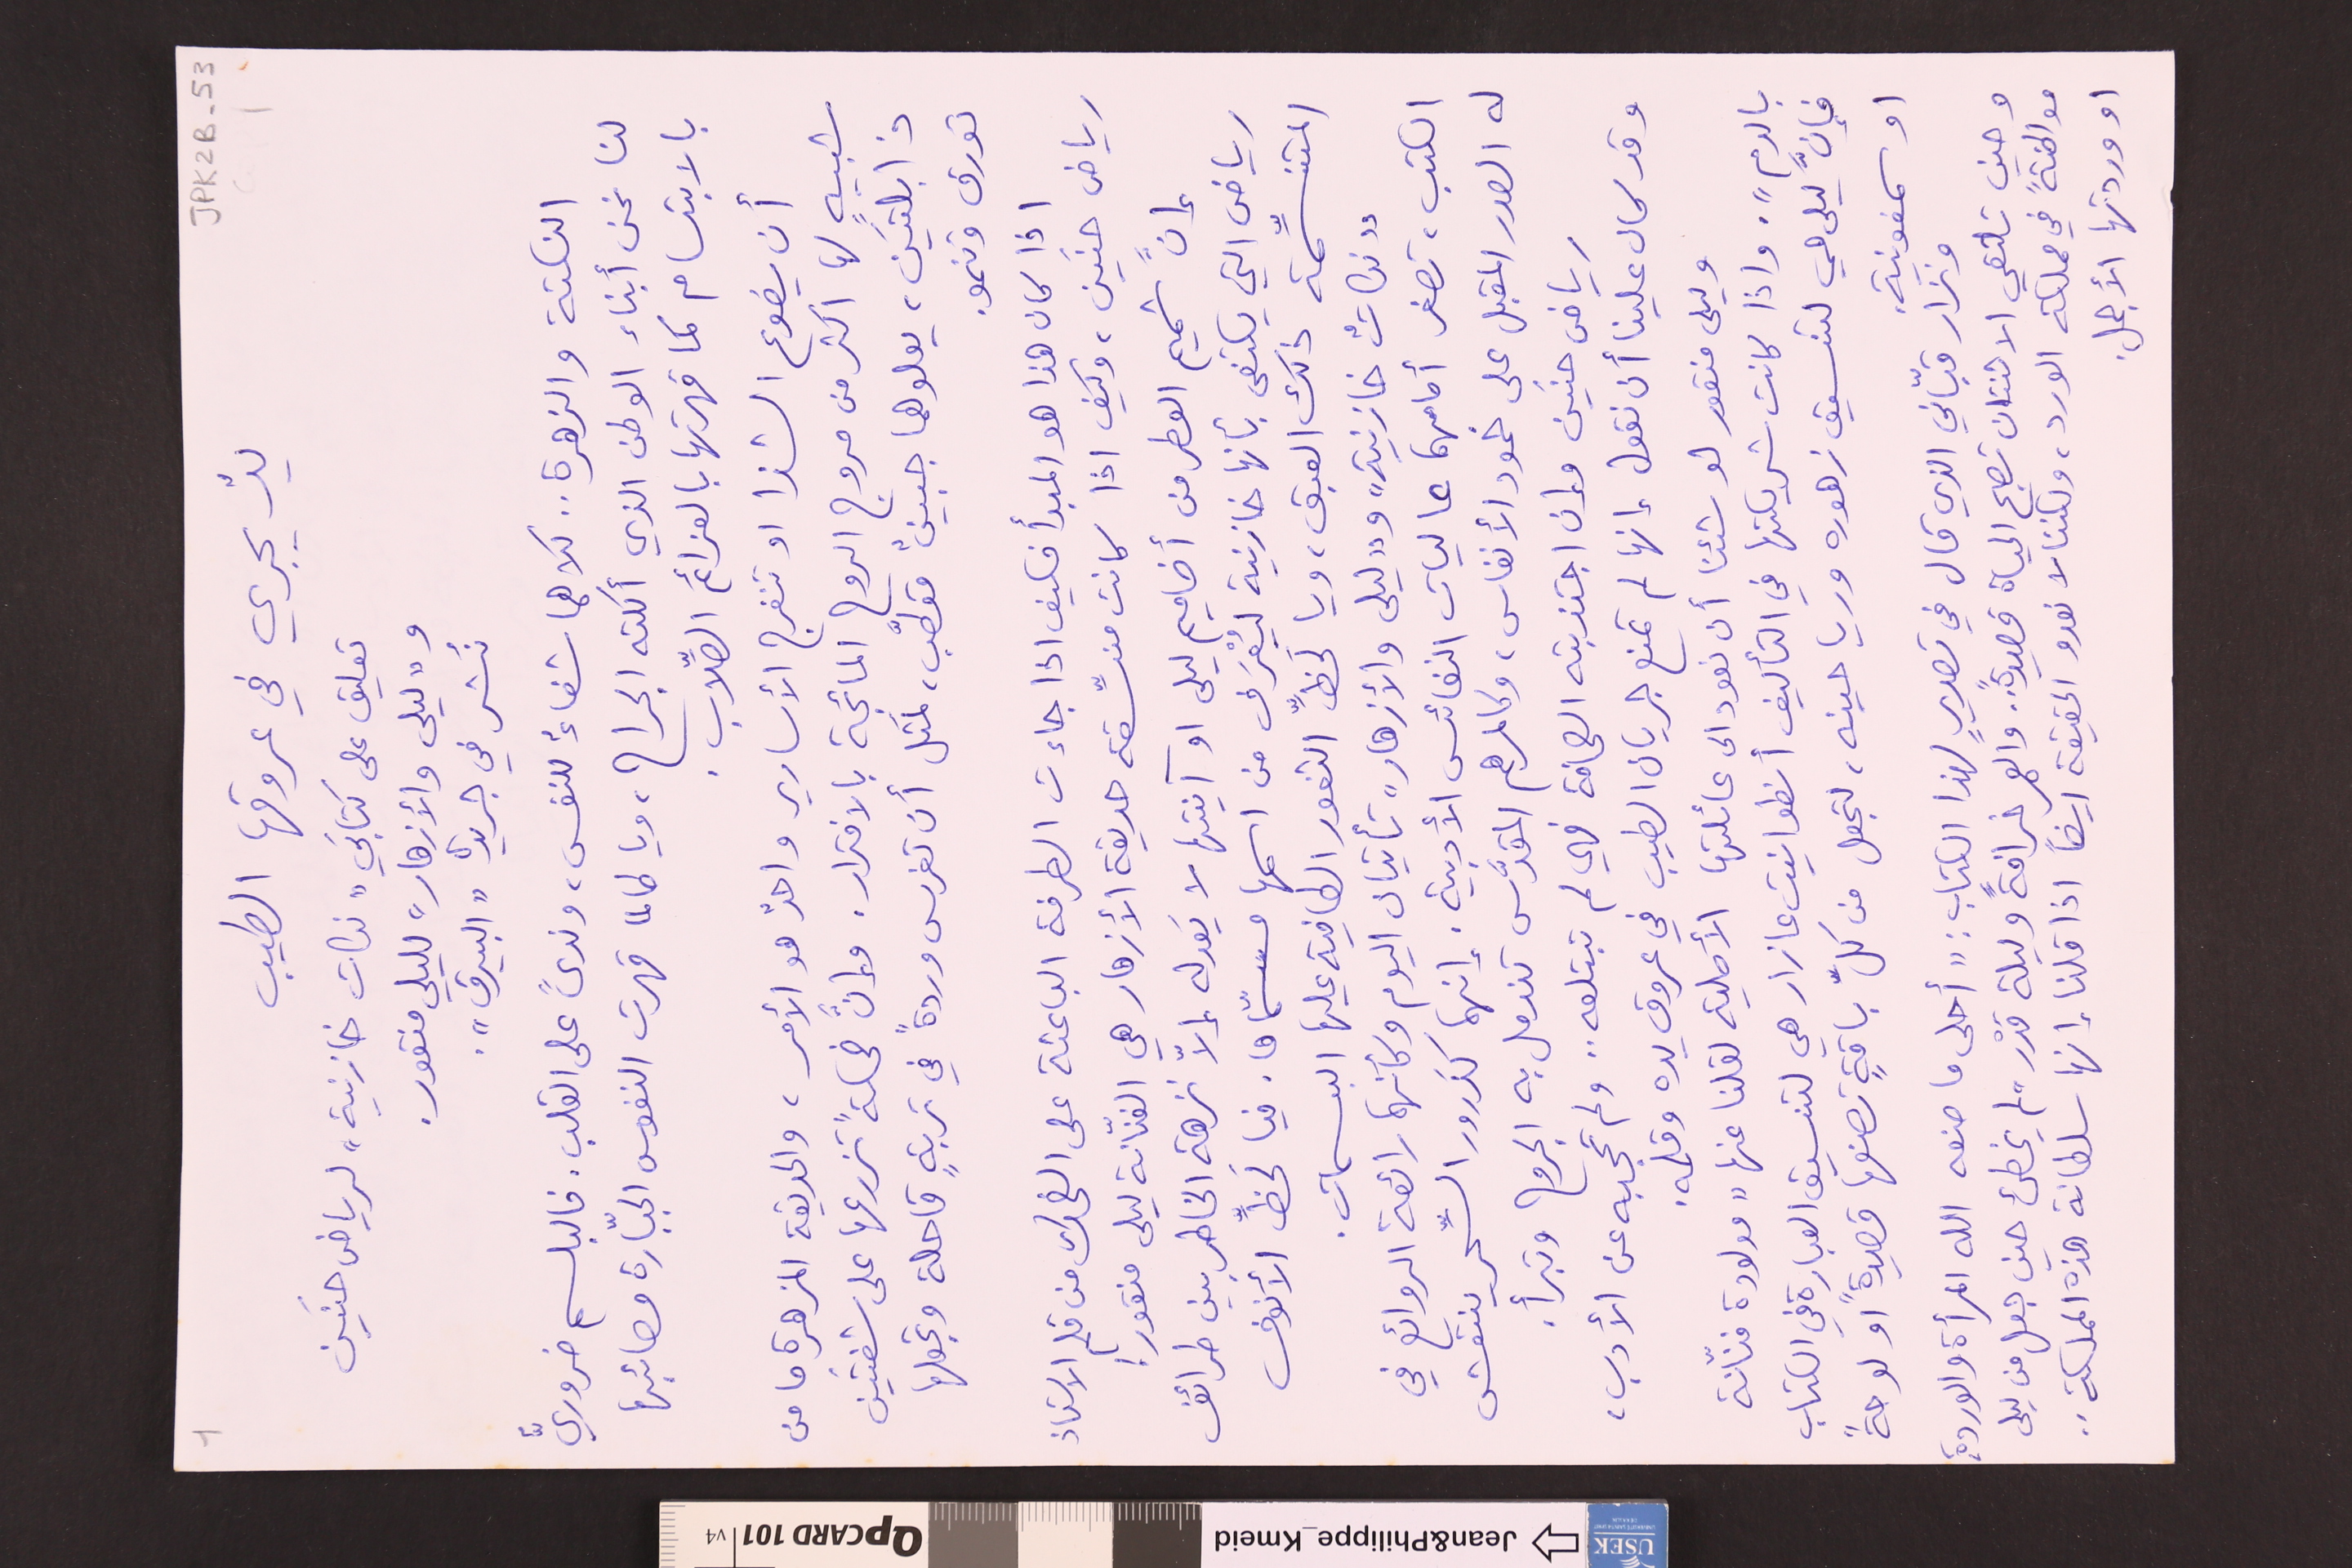
JPK2B-53		١
يدٌ يجري في عروقِها الطيب
تعليق على كتابَي "نكات خازنية" لرياض حنَين
و"ليلى والأزهار" لليلى منقور.
نُشر في جريدة "البيرق".
النكتة والزهرة .. كلاهما شفاءٌ للنفس، وندىً على القلب. فالبلسم ضروريٌّ
لنا نحن أبناء الوطن الذي أكلته الجراح، ويا طالما قهرت النفوس الجبّارة مصائبها
بالابتسام كما قهرتها بالعزائم الصِّلاب.
أن يضوع الشذا او تنفرج الأسارير واحدٌ هو الأمر، والحديقة المزهرة ما من
شبيهٍ لها اكثر من مروج الروح المائجة بالافترار. وإنَّ ضحكةً تزرعها على شفتَين
ذابلتَين، يعلوهما جبينٌ مقطَّب، لَمثل أن تغرس وردةً في تربةٍ قاحلة وتجعلها
تورق وتنمو.
اذا كان هذا هو المبدأ فكيف اذا جاءت الطرفة الباعثة على الضحك من قلمِ الاستاذ
رياض حنَين، وكيف اذا كانت منسِّقة حديقة الأزهار هي الفنّانة ليلى منقور !
إنَّ شميم العطر من أضاميم ليلى او آنيتها لا يَعدله إلاّ نزهة الخاطر بين طرائف
رياض التي يكتفى بأنها خازنية ليُعْرَف من اسمها مسمّاها. فيا لَحظِّ الأنوف
المتنسِّمة ذلك العبق، ويا لَحظِّ الثغور الطافية عليها البسمات.
"نكاتٌ خازنية" و"ليلى والأزهار" تأتيان اليوم وكأنهما رائعة الروائع في
الكتب، تصغر أمامهما عاليات النفائس الأدبية. إنهما كذَرور السِّحر ينتعش
له الصدر المقبل على خمود الأنفاس، وكالمرهم المقدَّس تندمل به الجروح وتبرأ.
رياض حنَين وإن اجتذبته الصحافة فهي لم تبتلعه .. ولم تحجبه عن الأدب،
وقد كان علينا أن نقول إنها لم تمنع جريان الطيب في عروق يده وقلمه.
وليلى منقور لو شئنا أن نعود الى عائلتها الأصلية لقلنا عنها "مولودة فنّانة
بالدم". واذا كانت شريكتها في التأليف أنطوانيت عازار هي لتنسيق العبارة في الكتاب
فإنَّ ليلى هي لتنسيق زهوره ورياحينه، لتجعل من كلِّ باقةٍ تصنعها قصيدةً او لوحةً
او سمفونية.
ونزار قبّاني الذي قال في تصويرٍ لهذا الكتاب : " أحلى ما صنعه الله المرأة والوردة،
وحين تلتقي الاثنتان تصبح الحياة قصيدة" .. والعمر خرافةً وليلة قدْر" لم يخطىء حين جعل من ليلى
موطنةً في مملكته الورد، ولكننا لا نعدو الحقيقة ايضاً اذا قلنا إنها سلطانة هذه المملكة..
او وردتها الأجمل.